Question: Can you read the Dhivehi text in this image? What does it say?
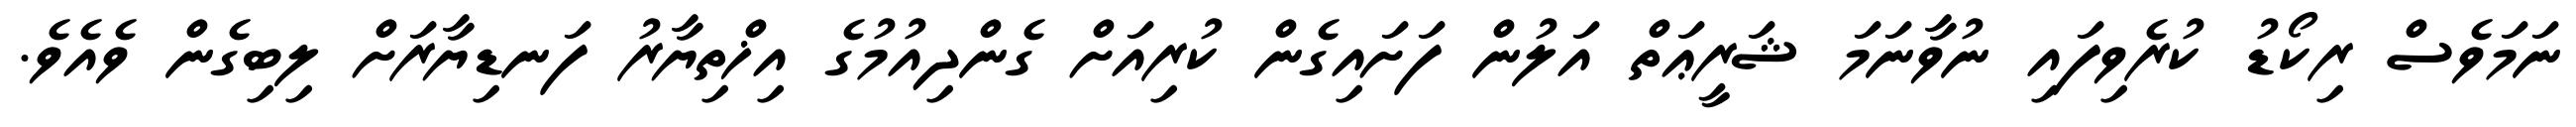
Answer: ނަމަވެސް ރިކޯޑު ކުރެވިފައި ނުވާނަމަ ޝަރީޢަތް އަލުން ފަށައިގެން ކުރިއަށް ގެންދިއުމުގެ އިޚްތިޔާރު ފަނޑިޔާރަށް ލިބިގެން ވެއެވެ.